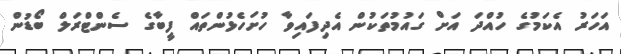
އަހަރު އެކަމުގެ ހުއްދަ އަށް ގައުމުތަކުން އެދިފައިވާ ހުށަހެޅުންތައް ފީބާގެ ސެންޓްރަލް ބޯޑުން